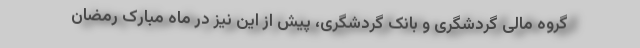
گروه مالی گردشگری و بانک گردشگری، پیش از این نیز در ماه مبارک رمضان